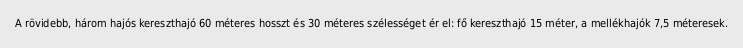
A rövidebb, három hajós kereszthajó 60 méteres hosszt és 30 méteres szélességet ér el: fő kereszthajó 15 méter, a mellékhajók 7,5 méteresek.